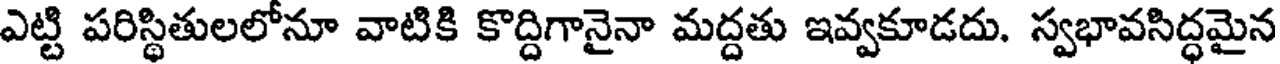
ఎట్టి పరిస్థితులలోనూ వాటికి కొద్దిగానైనా మద్దతు ఇవ్వకూడదు. స్వభావసిద్ధమైన